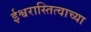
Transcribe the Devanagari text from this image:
ईश्वरास्तित्वाच्या